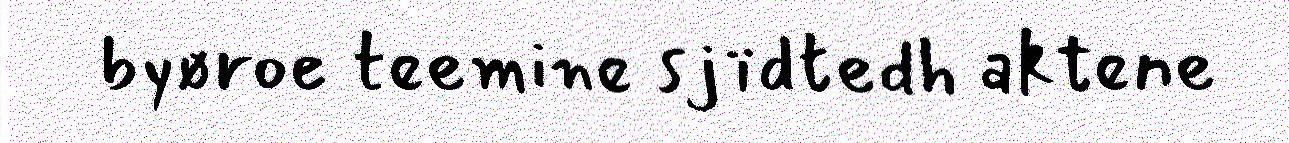
byøroe teemine sjïdtedh aktene